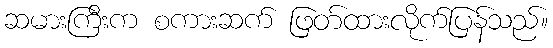
ဆမားကြီးက စကားဆက် ဖြတ်ထားလိုက်ပြန်သည်။